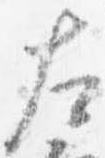
左